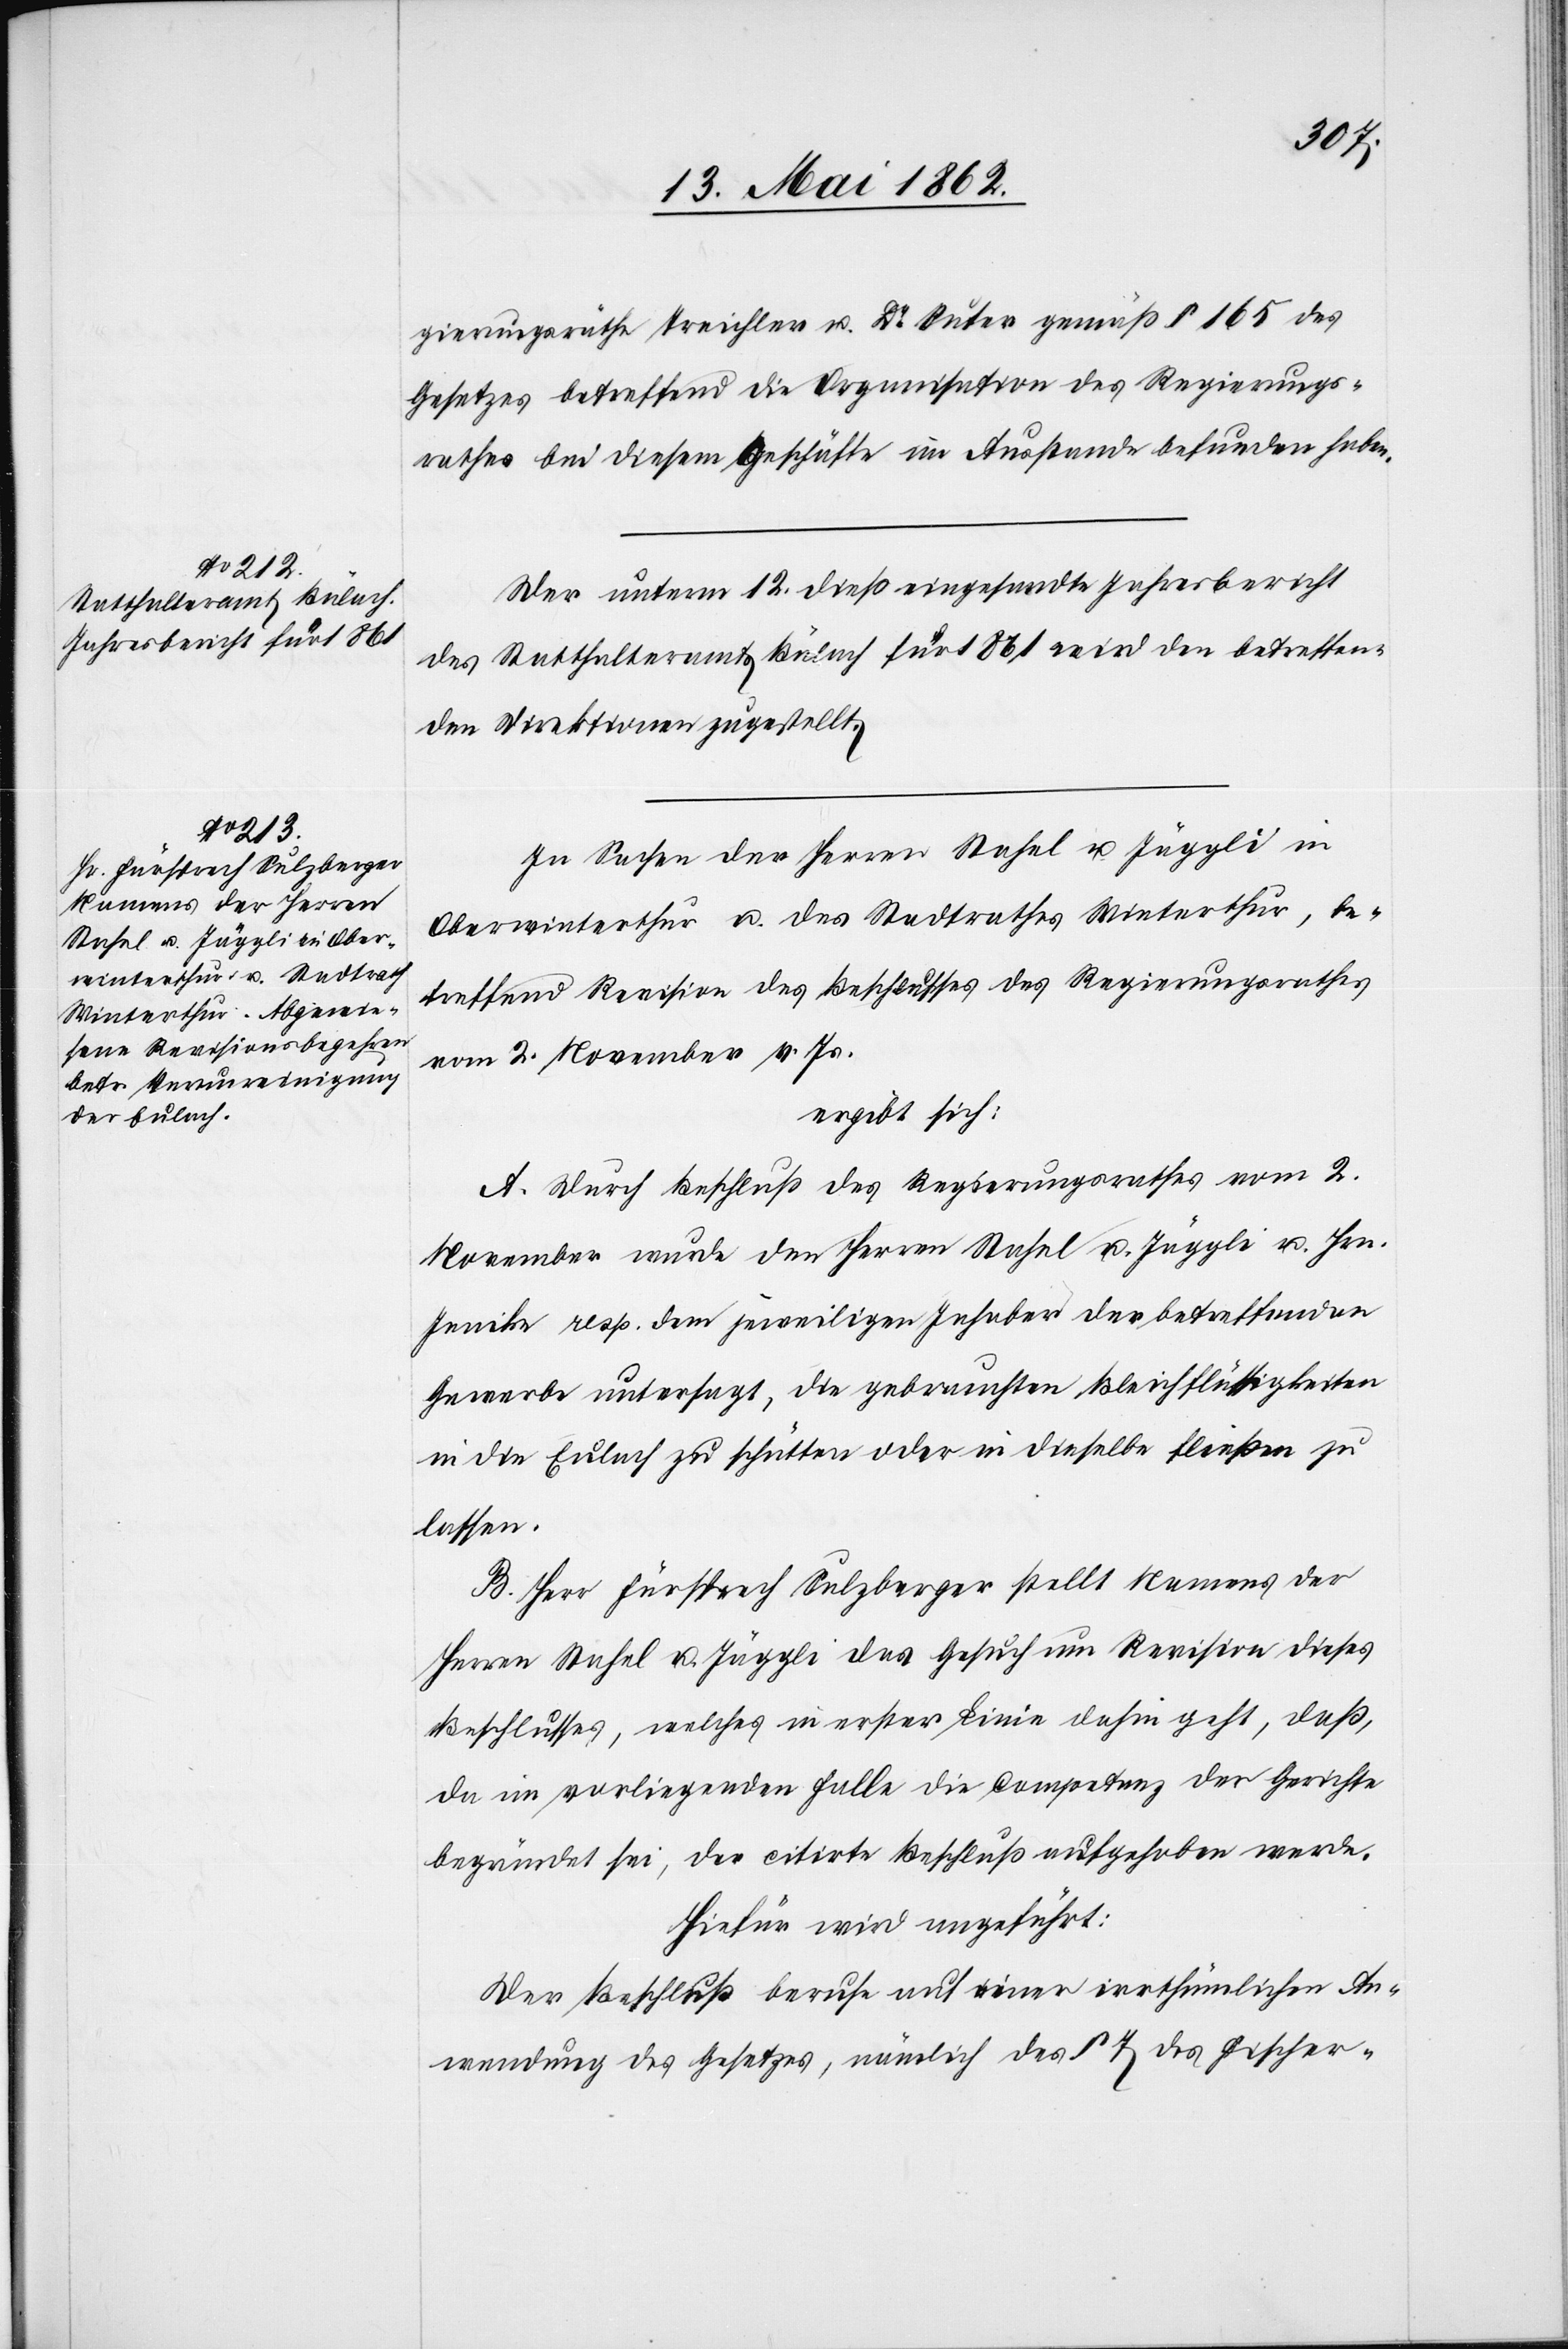
gierungsräthe Treichler u. Dr. Suter gemäß § 165 des
Gesetzes betreffend die Organisation des Regierungs¬
rathes bei diesem Geschäfte im Ausstande befunden haben.
Der unterm 12. dieß eingesandte Jahresbericht
des Statthalteramts Bülach für 1861 wird den betreffen¬
den Direktionen zugestellt.
In Sachen der Herren Stahel u. Jäggli in
Oberwinterthur u. des Stadtrathes Winterthur, be¬
treffend Revision des Beschlusses des Regierungsrathes
vom 2. November v. Js.
ergibt sich:
A. Durch Beschluß des Regierungsrathes vom 2.
November wurde den Herren Stahel u. Jäggli u. Hrn.
Jenike resp. dem jeweiligen Inhaber der betreffenden
Gewerbe untersagt, die gebrauchten Bleichflüssigkeiten
in die Eulach zu schütten oder in dieselbe fließen zu
lassen.
B. Herr Fürsprech Sulzberger stellt Namens der
Herren Stahel u. Jäggli das Gesuch um Revision dieses
Beschlusses, welches in erster Linie dahin geht, daß,
da im vorliegenden Falle die Competenz der Gerichte
begründet sei, der citirte Beschluß aufgehoben werde.
Hiefür wird angeführt:
Der Beschluß beruhe auf einer irrthümlichen An¬
wendung des Gesetzes, nämlich des § 7 des Fischer-